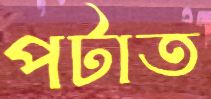
পটাত